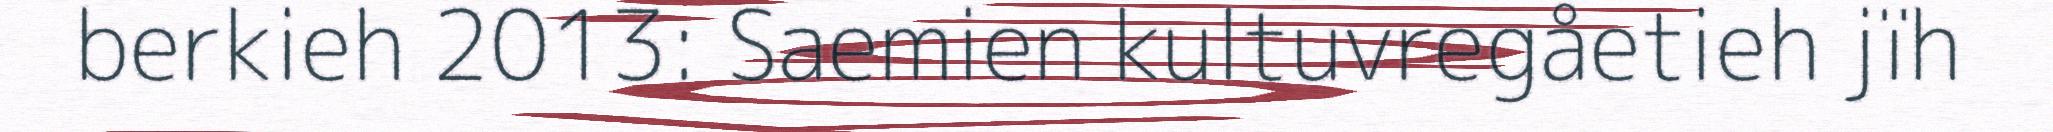
berkieh 2013: Saemien kultuvregåetieh jïh